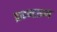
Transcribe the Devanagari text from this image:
प्राइम्टाइम